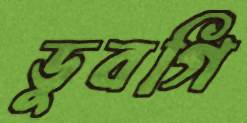
ডুবগি